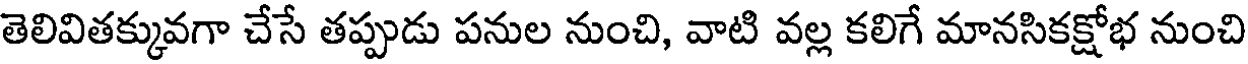
తెలివితక్కువగా చేసే తప్పుడు పనుల నుంచి, వాటి వల్ల కలిగే మానసికక్షోభ నుంచి